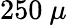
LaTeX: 250~\mu